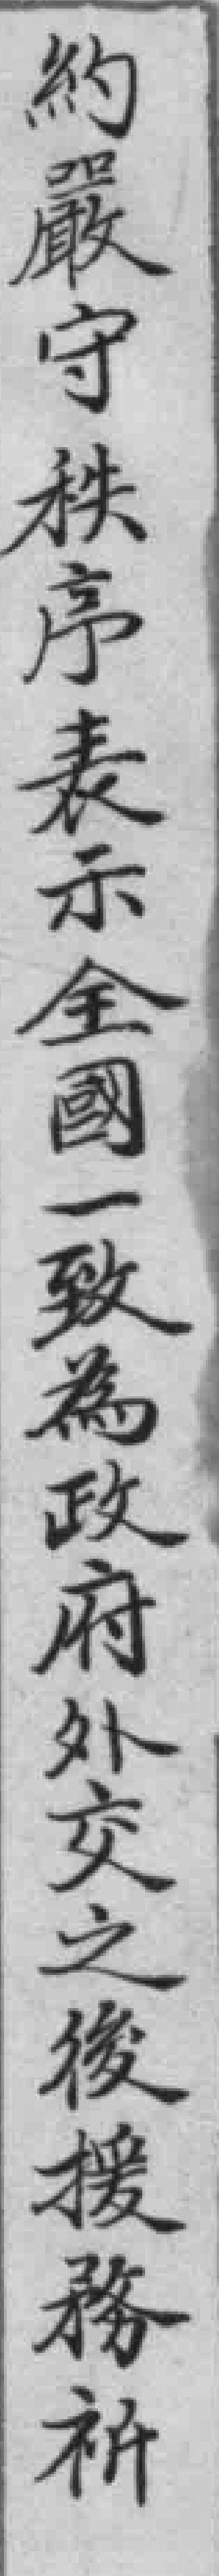
約嚴守秩序表示全國一致為政府外交之後援務祈